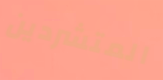
المتشردين